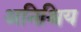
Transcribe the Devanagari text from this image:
अनिश्चिय